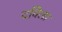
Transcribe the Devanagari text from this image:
दविला